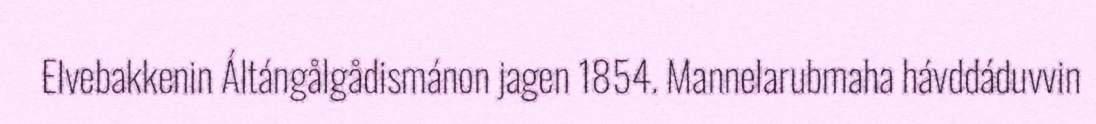
Elvebakkenin Áltángålgådismánon jagen 1854. Mannelarubmaha hávddáduvvin